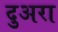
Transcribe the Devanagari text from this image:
दुअरा